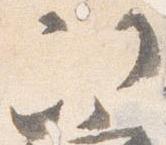
次